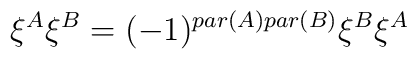
\xi^A \xi^B = (-1)^{par(A)par(B)} \xi^B \xi^A